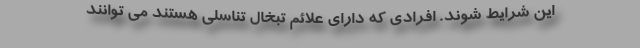
این شرایط شوند. افرادی که دارای علائم تبخال تناسلی هستند می توانند